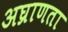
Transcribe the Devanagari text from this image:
अघ्राणता